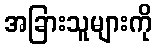
အခြားသူများကို